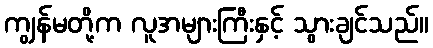
ကျွန်မတို့က လူအများကြီးနှင့် သွားချင်သည်။